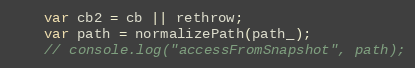
Language: JavaScript
    var cb2 = cb || rethrow;
    var path = normalizePath(path_);
    // console.log("accessFromSnapshot", path);